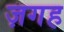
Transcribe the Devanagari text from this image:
ज़गह